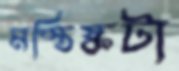
মস্তিষ্কটা